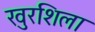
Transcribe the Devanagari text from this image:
खुरशिला